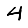
Digit: 4